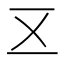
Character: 𠄡